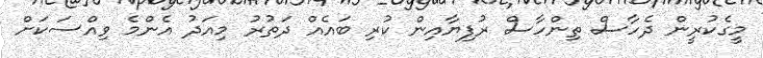
މީގެކުރީން ދެހާސް ތިންހާސް ރުފިޔާއިން ކުރި ބައެއް ދަތުރު މިއަދު އެންމެ ވިއްސަކަށް